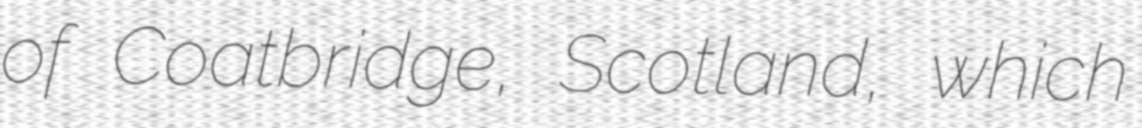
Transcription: of Coatbridge, Scotland, which